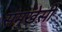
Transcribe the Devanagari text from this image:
संमुखेसी